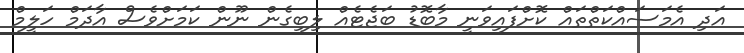
އަދި އެމަސައްކަތްތައް ކޮށްފައިވަނީ މާބޮޑު ބަޖެޓެއް ލިބިގެން ނޫން ކަމަށްވެސް އާދަމް ހަލީމް